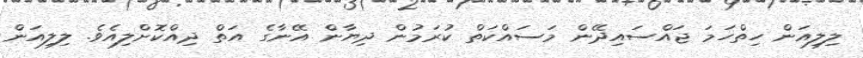
ލިލިއަން ހިތްހަމަ ޖައްސައިދޭން މަސައްކަތް ކުރަމުން ދިޔާން އޭނާގެ އަތް ދިއްކޮށްލިއެވެ. ލިލިއަން